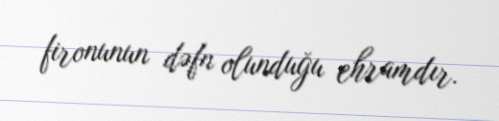
fironunun dəfn olunduğu ehramdır.